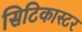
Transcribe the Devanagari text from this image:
सिटिकास्टर